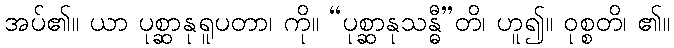
အပ်၏။ ယာ ပုစ္ဆာနုရူပတာ၊ ကို။ “ပုစ္ဆာနုသန္ဓီ”တိ၊ ဟူ၍။ ဝုစ္စတိ၊ ၏။